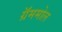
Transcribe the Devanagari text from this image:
ग्रॅममोल